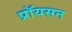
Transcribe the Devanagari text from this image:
प्रॉयसन